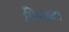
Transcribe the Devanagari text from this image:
पिनाटा